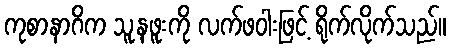
ကုစာနာဂိက သူ့နဖူးကို လက်ဖဝါးဖြင့် ရိုက်လိုက်သည်။